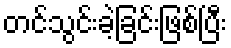
တင်သွင်းခဲ့ခြင်းဖြစ်ပြီး